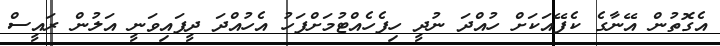
އެގޮތުން އޭނާގެ ކެފޭއަކަށް ހުއްދަ ނުދީ ހިފެހެއްޓުމަށްފަހު އެހުއްދަ ދީފައިވަނީ އަލުން ރައީސް